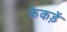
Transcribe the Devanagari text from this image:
केकड़ें